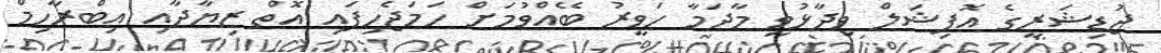
ޖުޑިޝަރީގެ އޮފިޝަލް ވިދާޅުވީ މާދަމާ ހަވީރު ބޭއްވުމަށް ހަމަޖެހިފައި އޮތް ޒިޔާދާއި އިބްރާހިމް